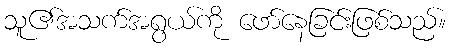
သူ၏အသက်အရွယ်ကို ဖော်နေခြင်းဖြစ်သည်။